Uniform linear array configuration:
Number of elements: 12
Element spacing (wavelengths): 0.25
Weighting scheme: cosine
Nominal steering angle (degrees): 15
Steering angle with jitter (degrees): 13.471
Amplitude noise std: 0.05
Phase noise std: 0.05

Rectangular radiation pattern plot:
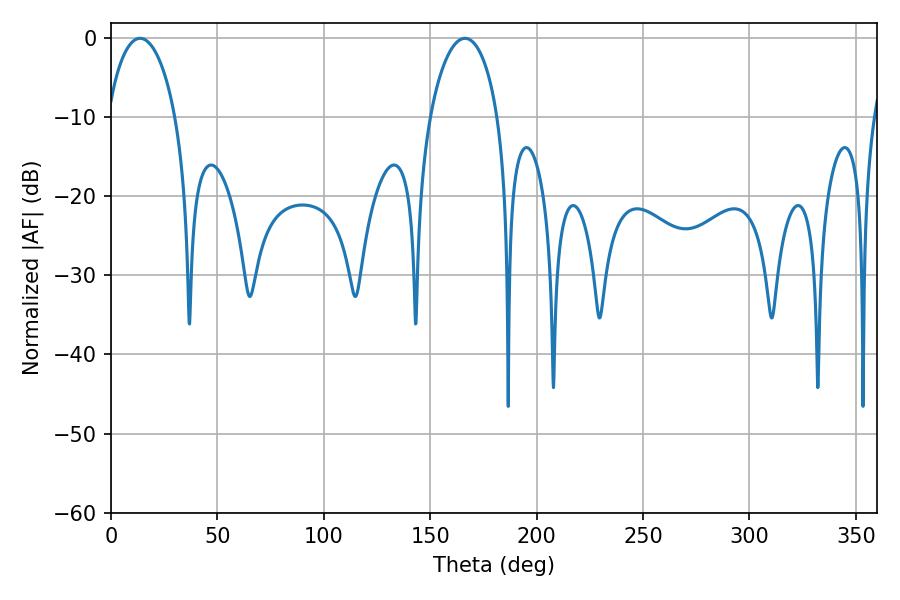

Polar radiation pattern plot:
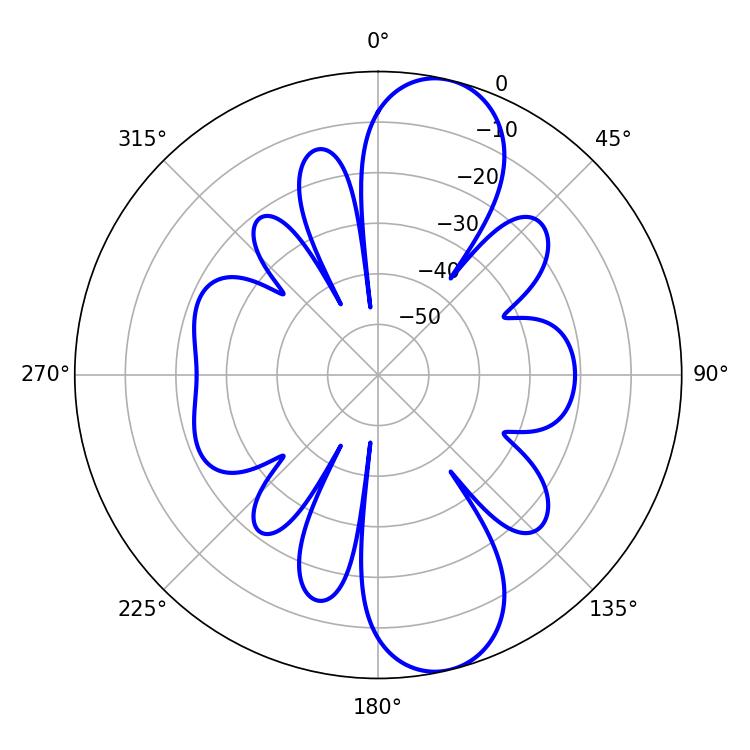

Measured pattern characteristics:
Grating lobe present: FALSE
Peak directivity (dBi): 10.966
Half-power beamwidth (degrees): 18.36
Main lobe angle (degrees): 13.68